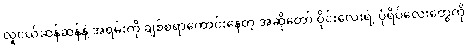
လူငယ်ဆန်ဆန်နဲ့ အရမ်းကို ချစ်စရာကောင်းနေတဲ့ အဆိုတော် ဝိုင်းလေးရဲ့ ပုံရိပ်လေးတွေကို